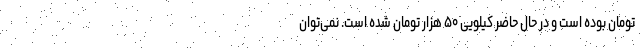
تومان بوده است و در حال حاضر کیلویی ۵۰ هزار تومان شده است. نمی‌توان